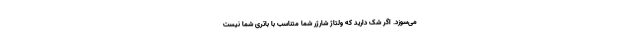
می‌سوزد. اگر شک دارید که ولتاژ شارژر شما متناسب با باتری شما نیست